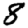
Digit: 8